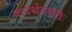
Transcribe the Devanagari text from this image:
कदर्थनशतैः